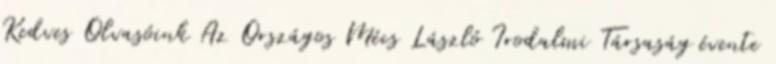
Kedves Olvasóink Az Országos Mécs László Irodalmi Társaság évente